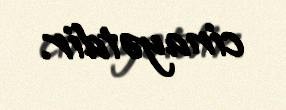
cinayətdir.